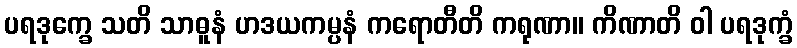
ပရဒုက္ခေ သတိ သာဓူနံ ဟဒယကမ္ပနံ ကရောတီတိ ကရုဏာ။ ကိဏာတိ ဝါ ပရဒုက္ခံ